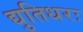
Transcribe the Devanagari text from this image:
द्युतिधरः